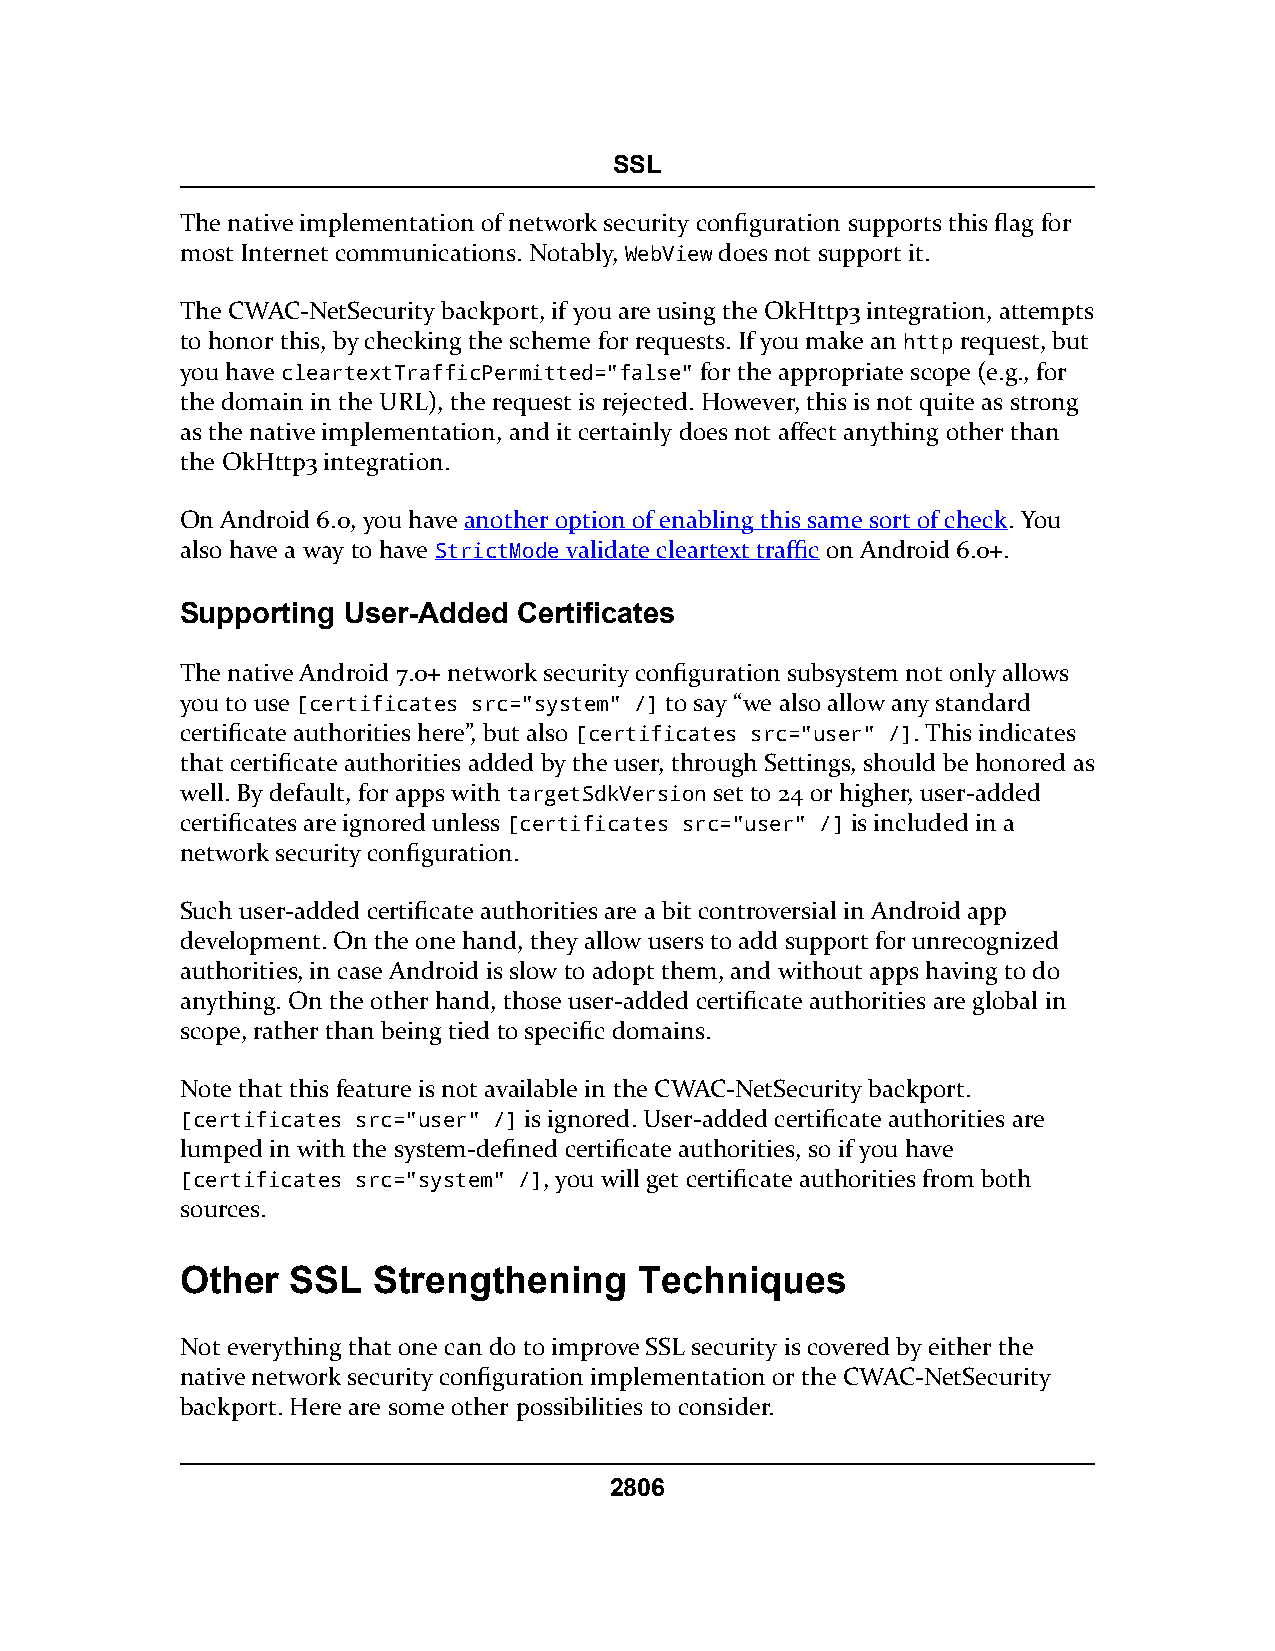
SSL
 The native implementation of network security configuration supports this flag for
 most Internet communications. Notably, WebView does not support it.
 The CWAC-NetSecurity backport, if you are using the OkHttp3 integration, attempts
 to honor this, by checking the scheme for requests. If you make an http request, but
 you have cleartextTrafficPermitted="false" for the appropriate scope (e.g., for
 the domain in the URL), the request is rejected. However, this is not quite as strong
 as the native implementation, and it certainly does not affect anything other than
 the OkHttp3 integration.
 On Android 6.0, you have another option of enabling this same sort of check. You
 also have a way to have StrictMode validate cleartext traffic on Android 6.0+.
 Supporting User-Added Certificates
 The native Android 7.0+ network security configuration subsystem not only allows
 you to use [certificates src="system" /] to say “we also allow any standard
 certificate authorities here”, but also [certificates src="user" /]. This indicates
 that certificate authorities added by the user, through Settings, should be honored as
 well. By default, for apps with targetSdkVersion set to 24 or higher, user-added
 certificates are ignored unless [certificates src="user" /] is included in a
 network security configuration.
 Such user-added certificate authorities are a bit controversial in Android app
 development. On the one hand, they allow users to add support for unrecognized
 authorities, in case Android is slow to adopt them, and without apps having to do
 anything. On the other hand, those user-added certificate authorities are global in
 scope, rather than being tied to specific domains.
 Note that this feature is not available in the CWAC-NetSecurity backport.
 [certificates src="user" /] is ignored. User-added certificate authorities are
 lumped in with the system-defined certificate authorities, so if you have
 [certificates src="system" /], you will get certificate authorities from both
 sources.
 Other  SSL   Strengthening    Techniques
 Not everything that one can do to improve SSL security is covered by either the
 native network security configuration implementation or the CWAC-NetSecurity
 backport. Here are some other possibilities to consider.
 2806